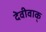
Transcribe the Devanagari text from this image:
देवीवाक्‌